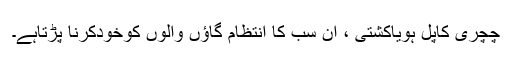
چچری کاپل ہویاکشتی ، ان سب کا انتظام گاؤں والوں کوخودکرنا پڑتاہے۔